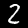
Digit: 2